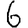
Digit: 6